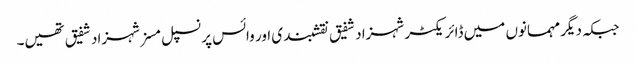
جبکہ دیگر مہمانوں میں ڈائریکٹر شہزاد شفیق نقشبندی اور وائس پرنسپل مسز شہزاد شفیق تھیں۔